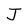
Character: J